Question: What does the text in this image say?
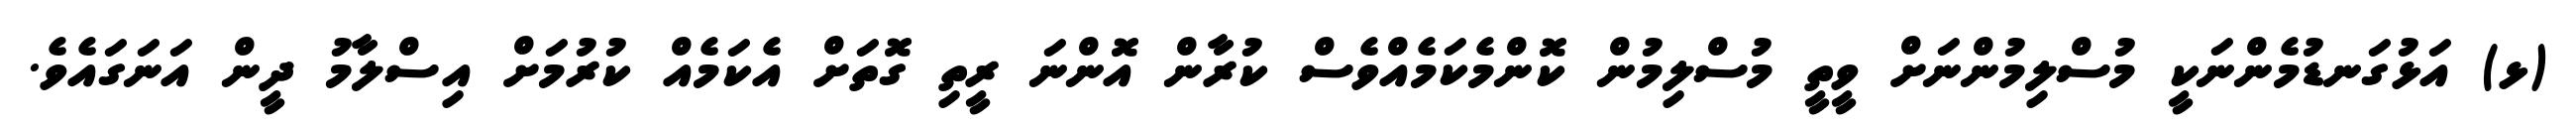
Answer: (ޅ) އަޅުގަނޑުމެންނަކީ މުސްލިމުންނަށް ވީތީ މުސްލިމުން ކޮންމެކަމެއްވެސް ކުރާން އޮންނަ ރީތި ގޮތަށް އެކަމެއް ކުރުމަށް އިސްލާމު ދީން އަނަގައެވެ.